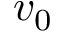
v _ { 0 }